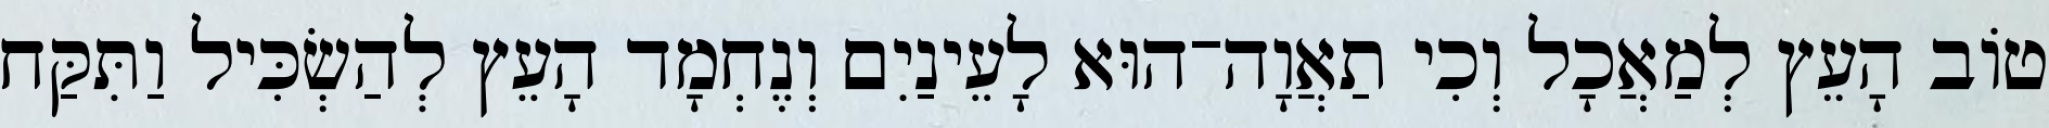
טֹוב הָעֵץ לְמַאֲכָל וְכִי תַאֲוָה־הוּא לָעֵינַיִם וְנֶחְמָד הָעֵץ לְהַשְׂכִּיל וַתִּקַּח